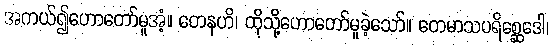
အကယ်၍ဟောတော်မူအံ့။ တေနဟိ၊ ထိုသို့ဟောတော်မူခဲ့သော်။ တေမာသပရိစ္ဆေဒေါ၊